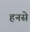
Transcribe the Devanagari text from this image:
हनसे